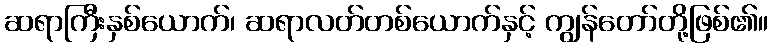
ဆရာကြီးနှစ်ယောက်၊ ဆရာလတ်တစ်ယောက်နှင့် ကျွန်တော်တို့ဖြစ်၏။